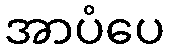
အာပံပေ